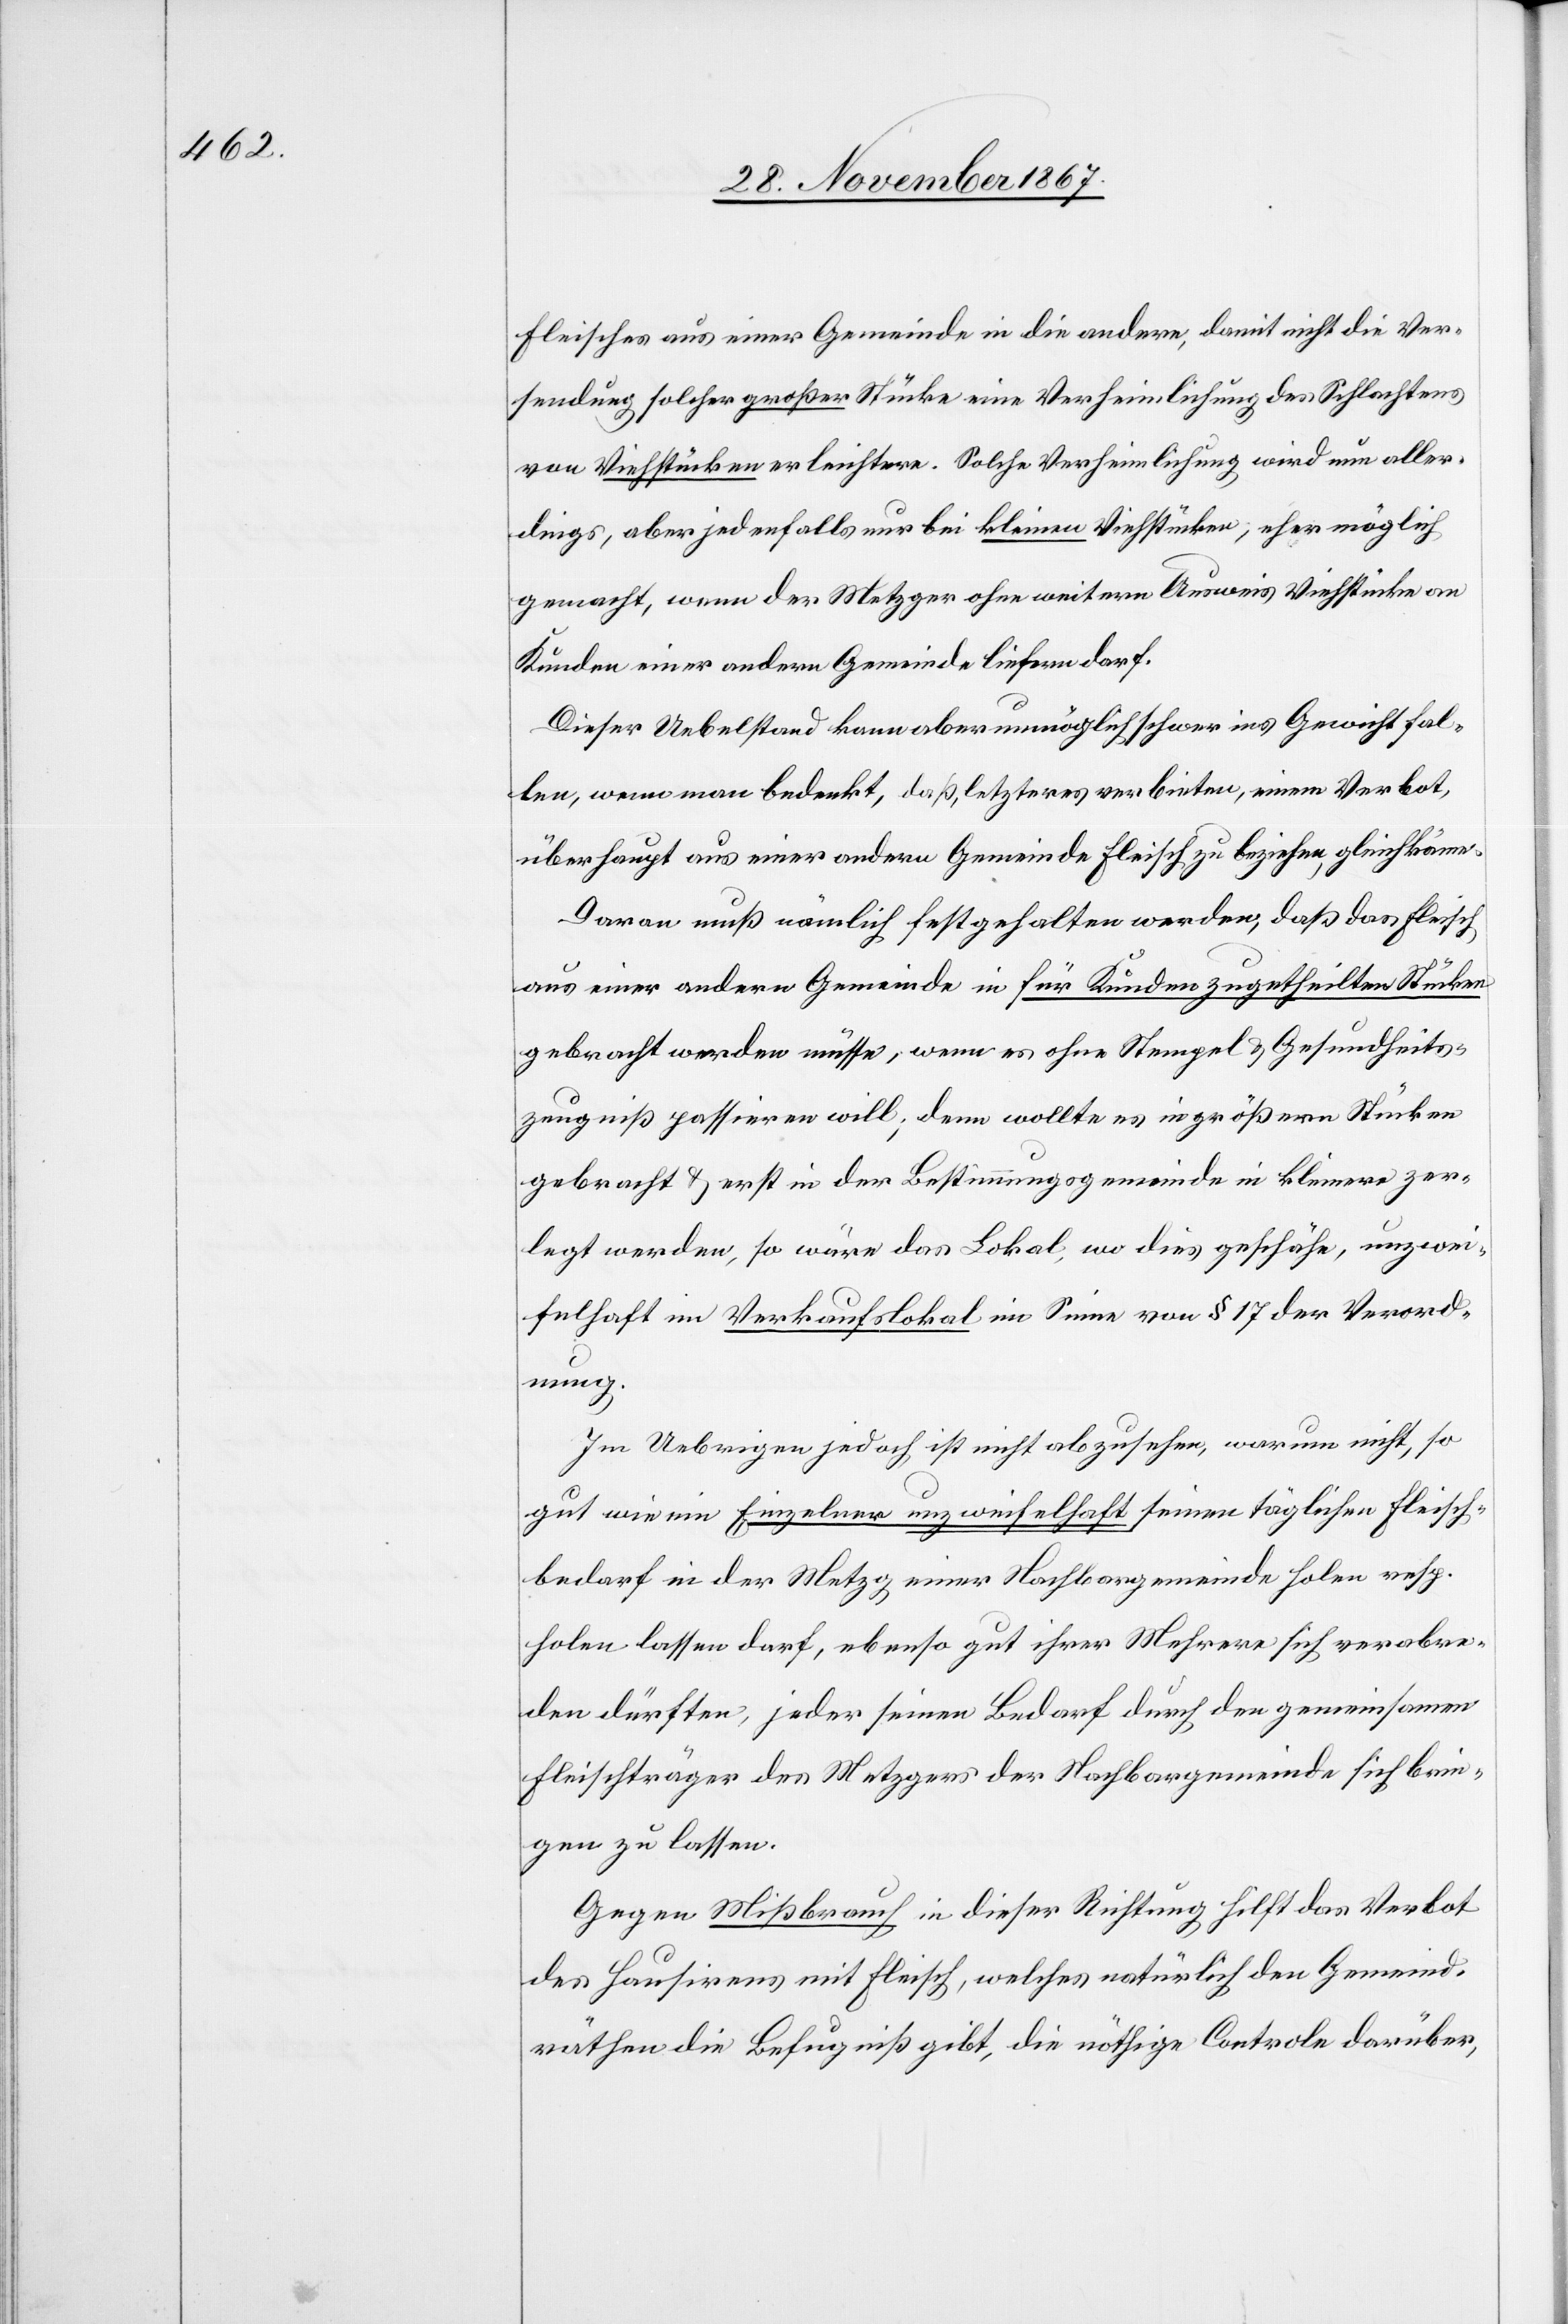
Fleisches aus einer Gemeinde in die andere, damit nicht die Ver¬
sendung solcher großer Stücke eine Verheimlichung des Schlachtens
von Viehstücken erleichtere. Solche Verheimlichung wird nun aller¬
dings, aber jedenfalls nur bei kleinen Viehständen, eher möglich
gemacht, wenn der Metzger ohne weitern Ausweis Viehstände an
Kunden einer andern Gemeinde liefern darf.
Dieser Uebelstand kann aber unmöglich schwer ins Gewicht fal¬
len, wenn man bedenkt, daß, letzteres verbieten, einem Verbot
überhaupt aus einer andern Gemeinde Fleisch zu beziehn, gleichkömme.
Daran muß nämlich festgehalten werden, daß das Fleisch
aus einer andern Gemeinde in für Kunden zugetheilten Stücken
gebracht werden müsse, wenn es ohne Stempel u. Gesundheits¬
zeugniß passieren will, denn wollte es in größern Stücken
gebracht u. erst in der Bestimmungsgemeinde in kleiner zer¬
legt werden, so wäre das Lokal, wo dies geschähe, unzwei¬
felhaft ein Verkaufslokal im Sinne von § 17 der Verord¬
nung.
Im Uebrigen jedoch ist nicht abzusehen, warum nicht, so
gut wie ein Einzelner unzweifelhaft seinen täglichen Fleisch¬
bedarf in der Metzg einer Nachbargemeinde holen resp.
holen lassen darf, ebenso gut ihrer Mehrere sich verabre¬
den dürften, jeder seinen Bedarf durch den gemeinsamen
Fleischträger des Metzgers der Nachbargemeinde sich brin¬
gen zu lassen.
Gegen Mißbrauch in dieser Richtung hilft das Verbot
des Hausirens mit Fleisch, welches natürlich den Gemeind¬
räthen die Befugniß gibt, die nöthige Controle darüber,